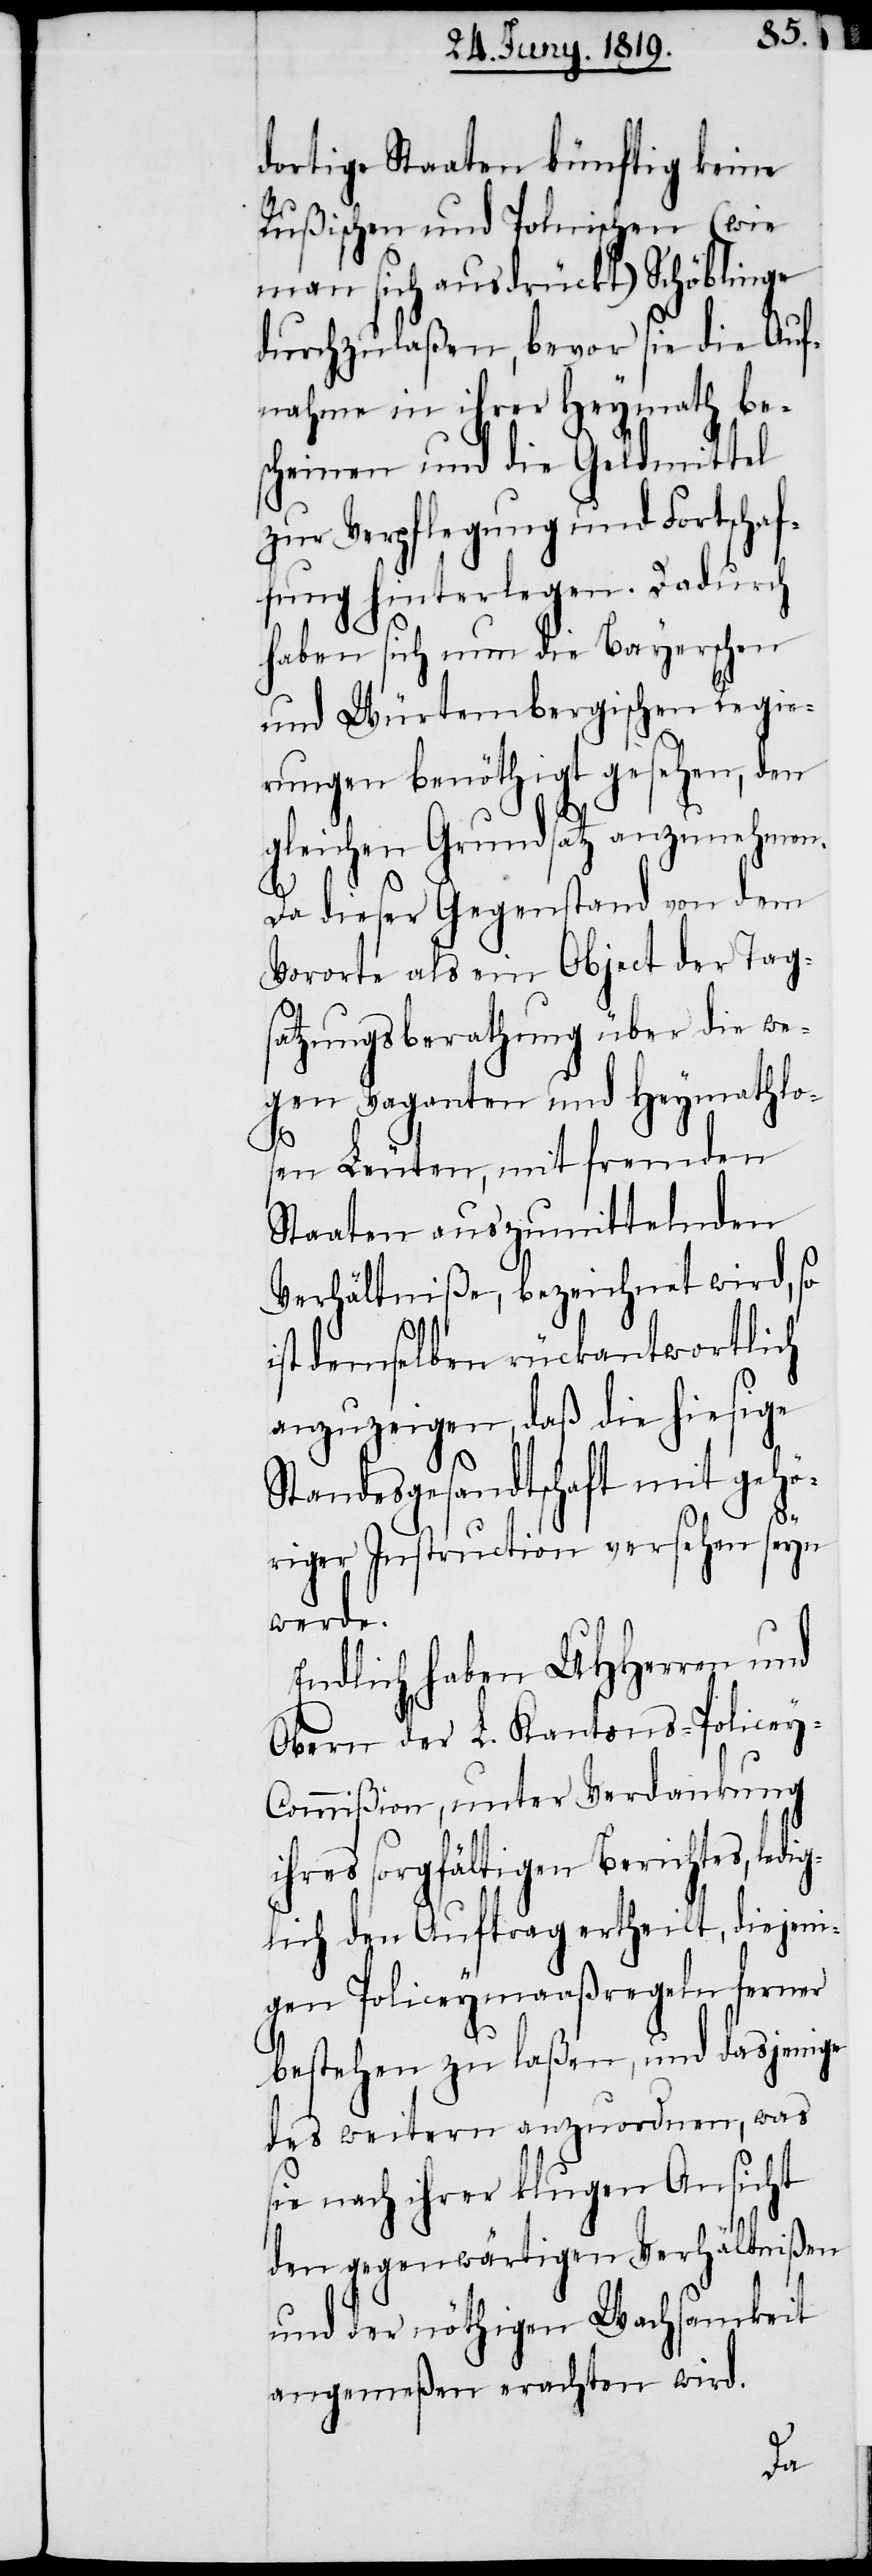
dortige Staaten künftig keine
Rußischen und Polnischen (wie
man sich ausdrückt) Schöblinge
durchzulaßen, bevor sie die Auf¬
nahme in ihrer Heymath bes¬
cheinen und die Geldmittel
zur Verpflegung und Fortschaf¬
fung hinterlegen. Dadurch
haben sich nun die Bayerschen
und Würtembergischen Regie¬
rungen benöthigt gesehen, den
gleichen Grundsatz anzunehmen.
Da dieser Gegenstand von dem
Vororte als ein Object der Tag¬
satzungsberathung über die we¬
gen Vaganten und Heymathlo¬
sen Leuten, mit fremden
Staaten auszumittelnden
Verhältniße, bezeichnet wird, so
ist demselben rückantwortlich
anzuzeigen, daß die hiesige
Standesgesandtschaft mit gehö¬
riger Instruction versehen seyn
werde.
Endlich haben UHHerren und
Obern der L. Kantons-Policey-C¬
ommißion, unter Verdankung
ihres sorgfältigen Berichtes, ledi¬
glich den Auftrag ertheilt, diejeni¬
gen Policeymaaßregeln ferner
bestehen zu laßen, und dasjenige
des weitern anzuordnen, was
sie nach ihrer klugen Ansicht
den gegenwärtigen Verhältnißen
und der nöthigen Wachsamkeit
angemeßen erachten wird.